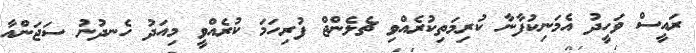
ރައީސް ވަހީދު އެމަނިކުފާނާ ކުރިމަތިކުރެއްވި ޗެލެންޖް ފުރިހަމަ ކުރެއްވީ މިއަދު ހެނދުނު ސަޖަންއާ